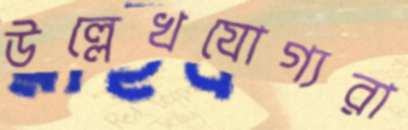
উল্লেখযোগ্যরা